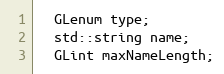
Language: C
  GLenum type;
  std::string name;
  GLint maxNameLength;